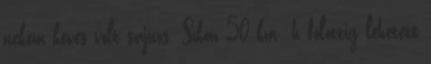
nekem kevés volt sajnos. Síkon 50 km h fölöttig lehetett